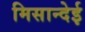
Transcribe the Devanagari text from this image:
मिसान्देई